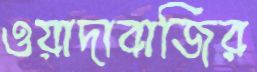
ওয়াদাবাজির